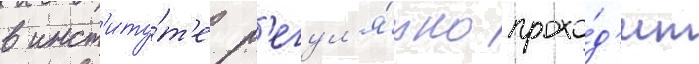
в инст'иту́т'е р'егул'я́рно прохо́д'ит